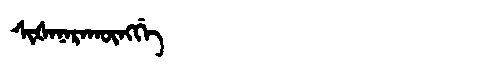
Manchu: ᠰᡳᡧᠠᠨᠠᡵᠠᡴᡡᠩᡤᡝ
Romanization: SIŠANARAKŪNGGE